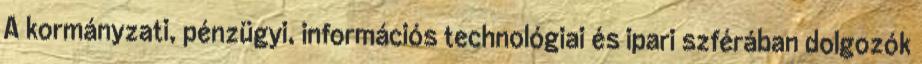
A kormányzati, pénzügyi, információs technológiai és ipari szférában dolgozók